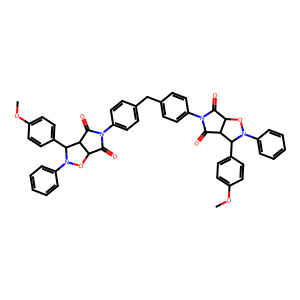
SMILES: COc1ccc(C2C3C(=O)N(c4ccc(Cc5ccc(N6C(=O)C7ON(c8ccccc8)C(c8ccc(OC)cc8)C7C6=O)cc5)cc4)C(=O)C3ON2c2ccccc2)cc1
Inhibits HIV replication: No